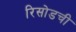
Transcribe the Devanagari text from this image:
रिसोडची